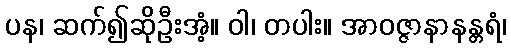
ပန၊ ဆက်၍ဆိုဦးအံ့။ ဝါ၊ တပါး။ အာဝဇ္ဇာနာနန္တရံ၊